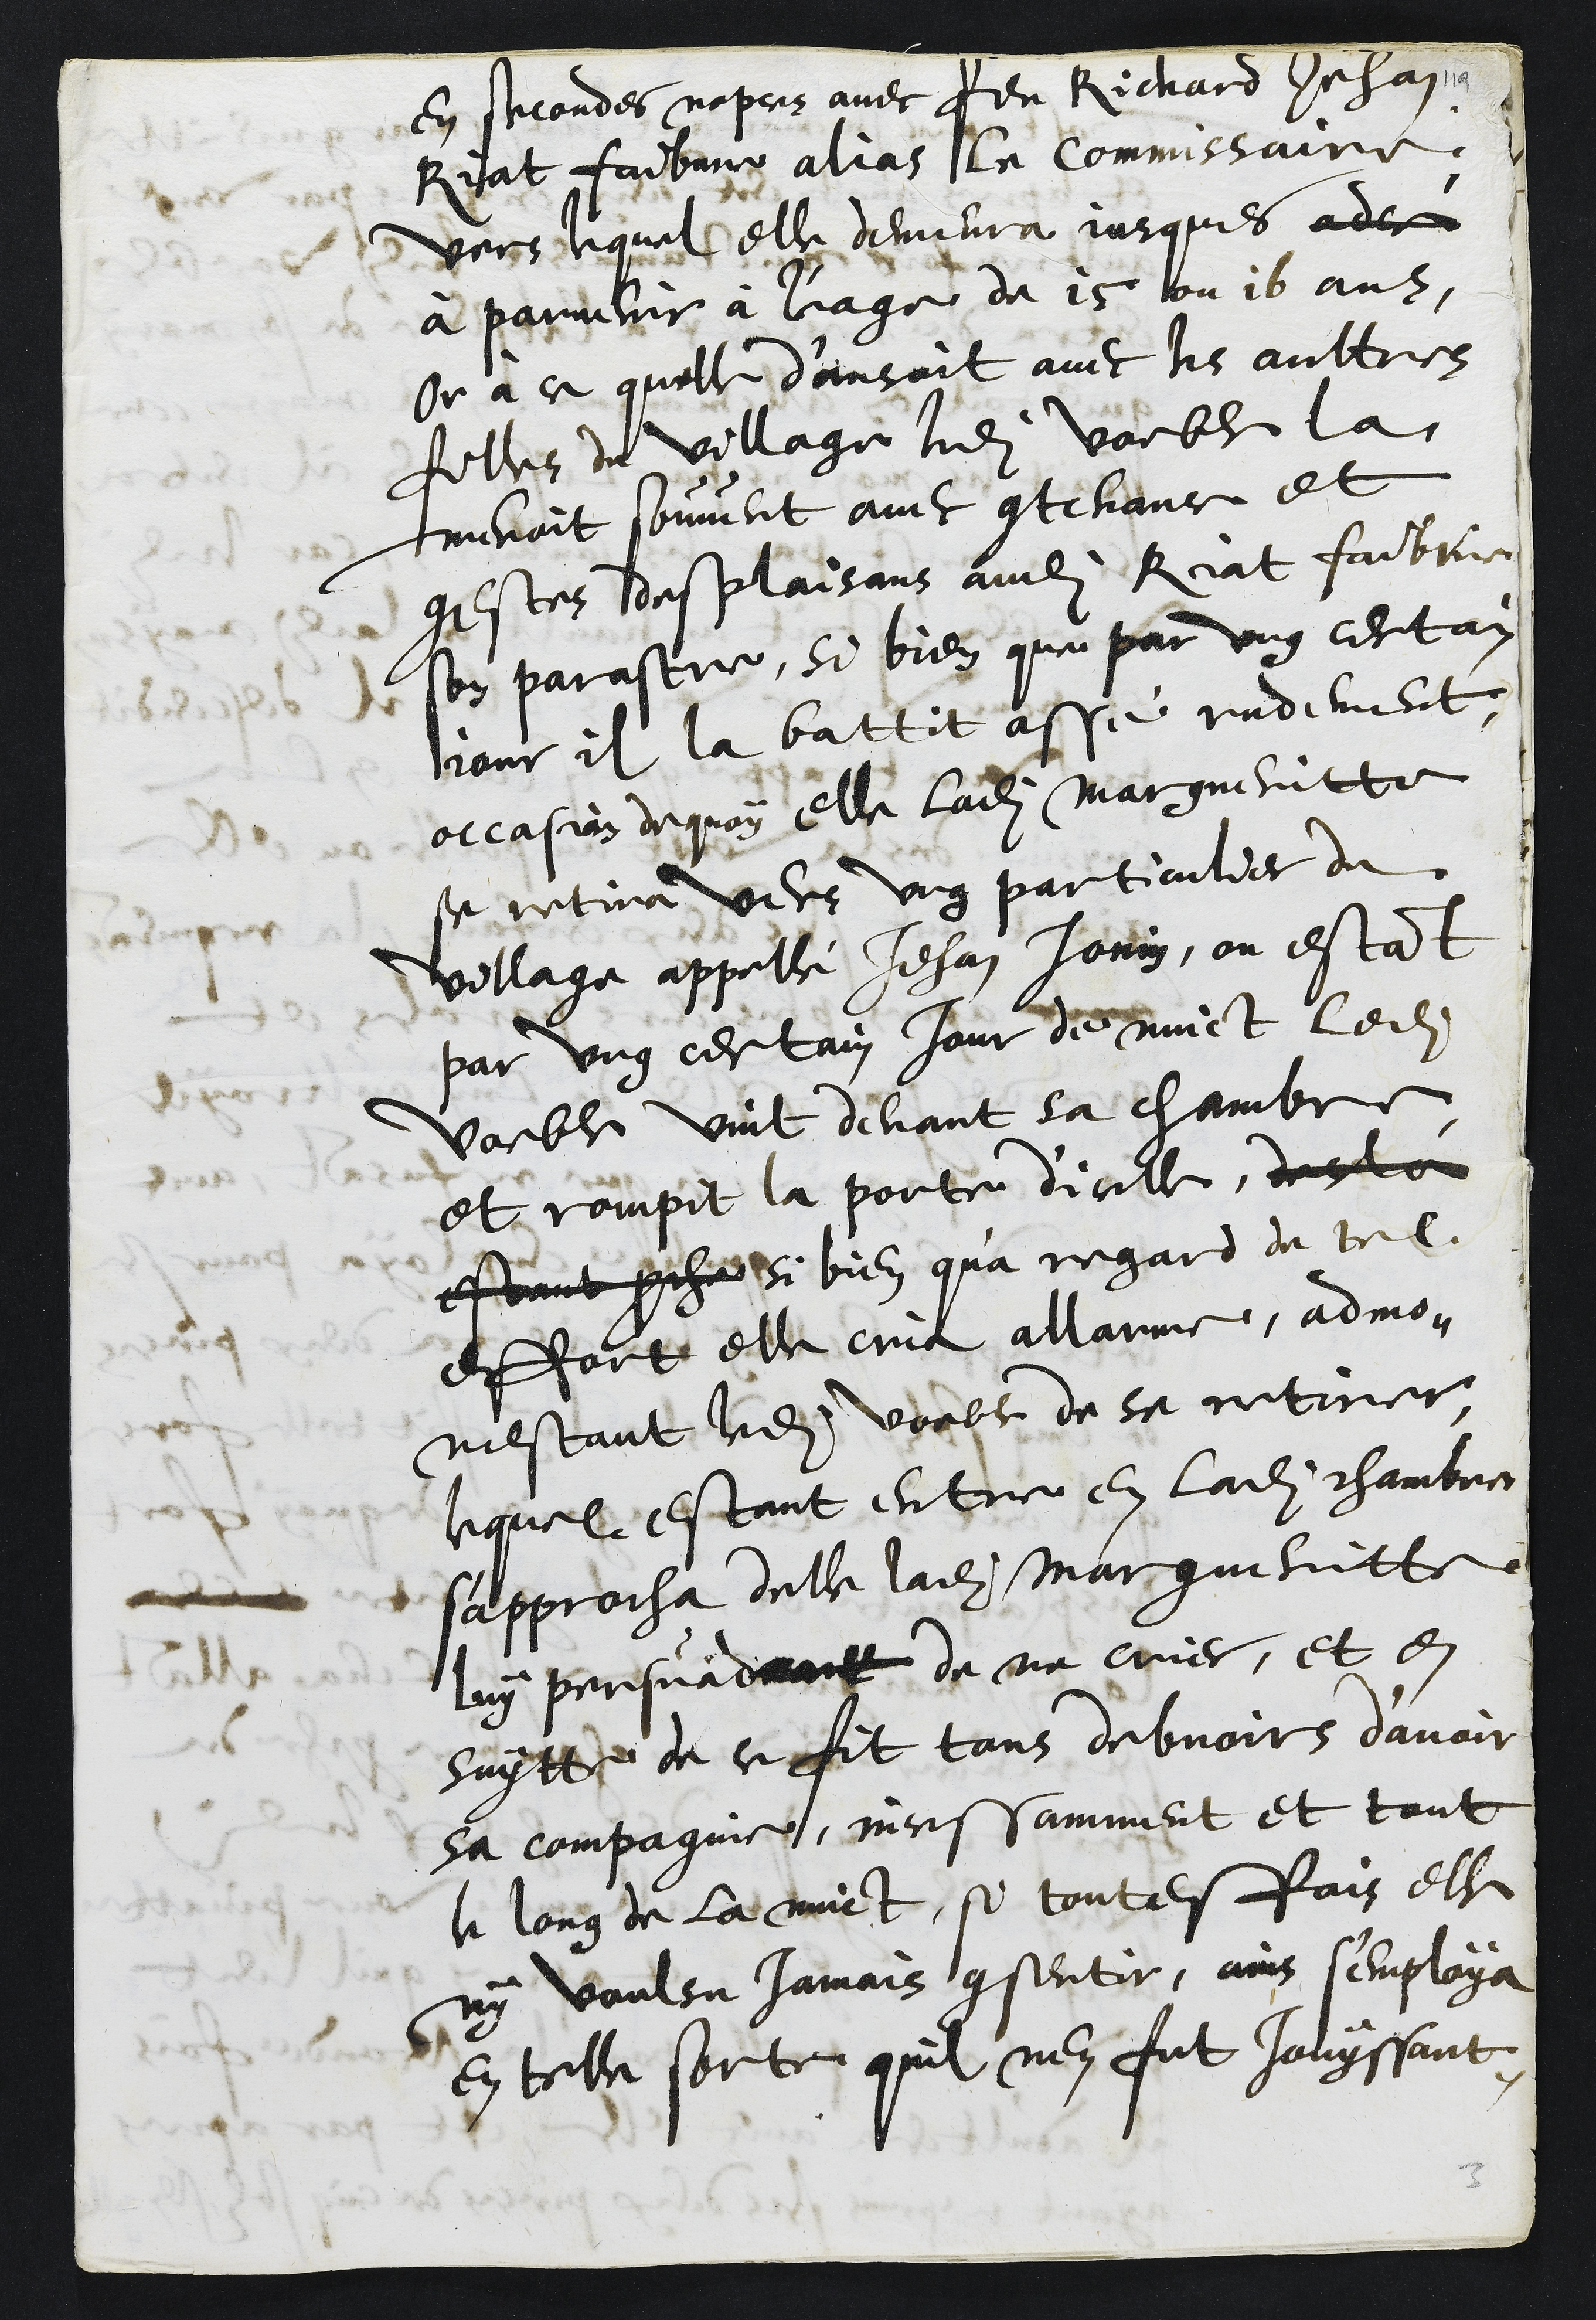
en secondes nopces avec feu Richard Jehan
Riat faibvre allas le commissaire
vers lequel elle demeura jusques adce
à parvenir à l'eage de 15 ou 16 ans
Or à ce quelle dansoit avec les aultres
filles du village ledit voeble la
menoit souvent avec contenance et
gestes desplaisans audit Riat faibvre
son parastre, si bien que par ung certain
jour il la battit assé rudement
occasion dequoy elle ladite Margueritte
se retira vers ung particulier du
village appellé Jehan Jonin, ou estant
par ung certain jour de nuict ledit
voeble vint devant sa chambre
et rompit la porte dicelle, desla
estant proche si bien qu'a regard de tel
effort elle cria allarme, admo¬
nestant ledit voeble de se retirer,
lequel estant entre en ladite chambre
s'approcha delle ladite Margueritte
luy persuadant de ne crier, et en
suytte de ce fit tous debvoirs d’avoir
sa compagnie, incessamment et tout
le long de la nuict, si toutesfois elle
ny voulsu jamais consentir, ains s’employa
en telle sorte quil nen fut jouyssant